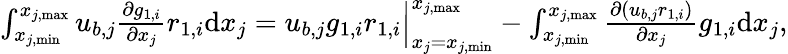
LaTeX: \begin{array}{r}{\int_{x_{j,\mathrm{min}}}^{x_{j,\mathrm{max}}}{u_{b,j}\frac{\partial g_{1,i}}{\partial x_{j}}r_{1,i}}\mathrm{d}x_{j}=u_{b,j}g_{1,i}r_{1,i}\Big|_{x_{j}=x_{j,\mathrm{min}}}^{x_{j,\mathrm{max}}}-\int_{x_{j,\mathrm{min}}}^{x_{j,\mathrm{max}}}{\frac{\partial(u_{b,j}r_{1,i})}{\partial x_{j}}g_{1,i}}\mathrm{d}x_{j},}\end{array}